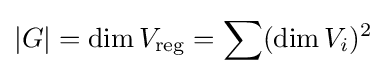
|G|=\operatorname {dim} V_{\text{reg}}=\sum (\operatorname {dim} V_{i})^{2}